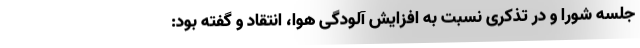
جلسه شورا و در تذکری نسبت به افزایش آلودگی هوا، انتقاد و گفته بود: